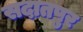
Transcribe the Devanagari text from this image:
सदातपुर